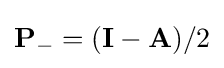
{\mathbf {P}}_{-}=({\mathbf {I}}-{\mathbf {A}})/2